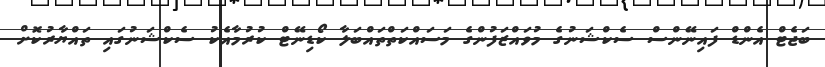
ބަޖެޓް އެންޑް ފައިނޭންސް ސެކްޝަނުގެ މުވައްޒަފުންގެ މަސައްކަތްތައްބަލާ ކޯޑިނޭޓް ކުރުމާއެކު ސެކްޝަނުގައި ތައްޔާރުކޮށް